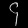
Digit: ၄